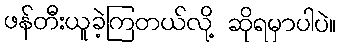
ဖန်တီးယူခဲ့ကြတယ်လို့ ဆိုရမှာပါပဲ။